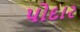
પોદાર